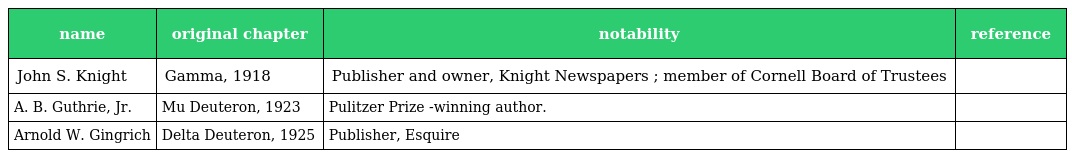
| name | original chapter | notability | reference |
 | --- | --- | --- | --- |
 | John S. Knight | Gamma, 1918 | Publisher and owner, Knight Newspapers ; member of Cornell Board of Trustees |  |
 | A. B. Guthrie, Jr. | Mu Deuteron, 1923 | Pulitzer Prize -winning author. |  |
 | Arnold W. Gingrich | Delta Deuteron, 1925 | Publisher, Esquire |  |